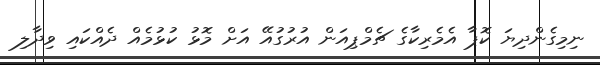
ނިމިގެންދިޔަ ކޮޕާ އެމެރިކާގެ ޗެމްޕިއަން އުރުގުއޭ އަށް މޮޅު ކުޅުމެއް ދެއްކައި ވިދާލި